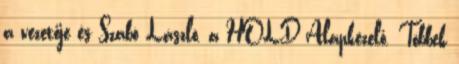
a vezetője és Szabó László, a HOLD Alapkezelő. Többek